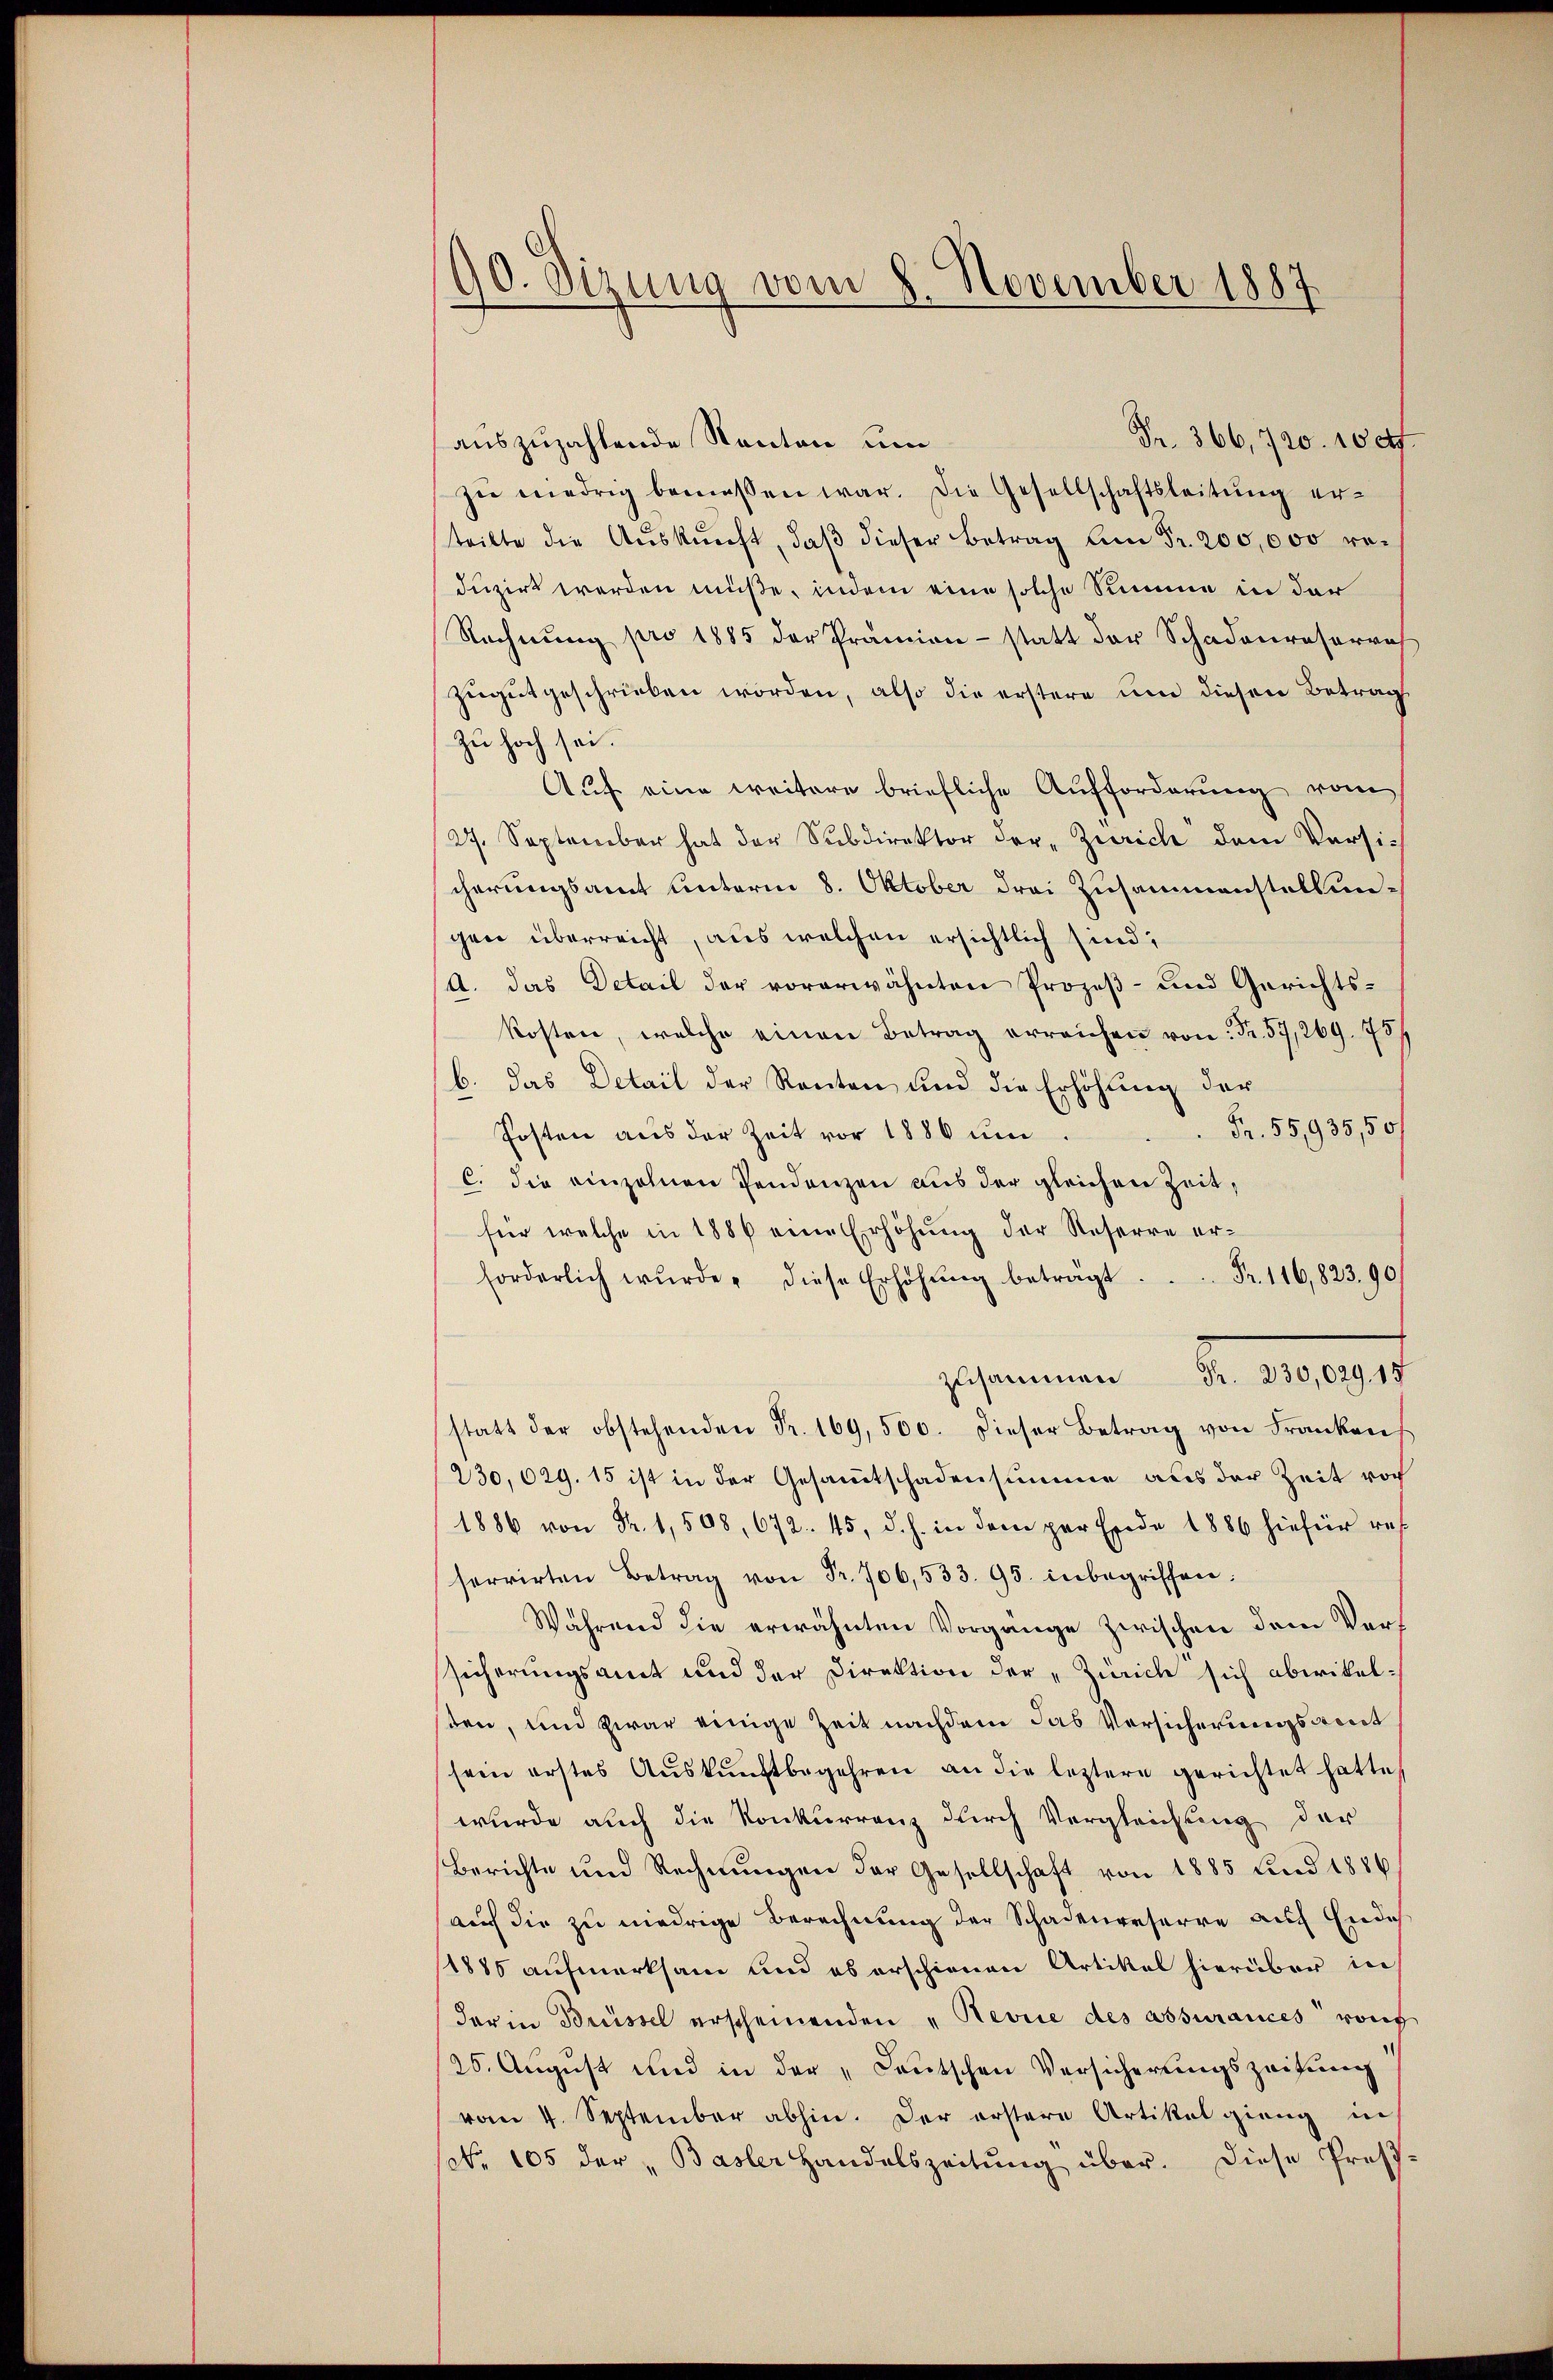
90. Sizung vom
1. November 1887

Fr. 366, 720. 100f
auszuzahlende Nanten um
zŭ niedrig bemessen war. Die Gesellschaftsleitŭng er-
teilte die Aŭskŭnft, daβ dieser Betrag an Fr. 200,000 reduzirt werden müße, indem eine solche Summe in der
Rechnŭng pro 1885 der Prämien statt der Schadenreserrech
zugutgeschrieben worden, also die erstere und diesen Betrag
zu hoch sei.
Aŭf eine weitere briefliche Aufforderung vom
27. September hat der Subdirektor der Zürich dem Versicherungsamt unterm 8. Oktober drei Zusammenstellungen überreicht, aus welchen ersichtlich sind,
(A. das Detail der vorerwähnten Prozeß- und Gerichtskosten, welche einen Betrag erreichen von Fr. 57, 269. 75
b. das Detail der Renten und die Erhöhung der
Fr. 55,935,50/
Posten aus der Zeit vor 1880 um
C. die einzelnen Pendenzen aus der gleichen Zeit,
für welche in 1886 eine Erhöhŭng der Reserre er¬
Fr. 116,823,90
forderlich wŭrde, diese Erhöhŭng beträgt.
gesammen Fr. 1091
statt der obstehenden Fr. 169, 500. Dieser Betrag von Frankens
/230,029. 15 ist in der Gesammtschadensumme aus der Zeit vor
1886 von Fr. 1,508, 672. 45, d. h. in dem per Ende 1886 hiefür res
ferirten Betrag von Fr. 706, 533. 95. inbegriffen.
Während die erwähnten Vorgänge zwischen dem Vorf
sicherungsamt und der Direktion der „Zürich sich abwikelsten, und zwar einige Zeit nachdem das Versicherungsart
sein erstes Auskunftbegehren an die letztere gerichtet hatte,
wurde auch die Konkurrenz durch Vergleichung der
Berichte und Rechnŭngen der Gesellschaft von 1885 und 1886
auch die zu niedrige Berechnung der Schadenerserre auf Ende
1885 aufmerksam und es erschienen Artikel hierüber in
dar in Brüssel erscheinenden „Revue des assurances von
25. August und in der „Deutschen Versicherungszeitung
vom 4. September abhin. Der erstere Artikel gieng in
No. 105 der „Basler Handelszeitŭng über. Diese Pres-